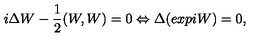
i \Delta W - { \frac { 1 } { 2 } } ( W , W ) = 0 \Leftrightarrow \Delta ( e x p i W ) = 0 ,